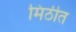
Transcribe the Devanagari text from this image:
मिठीत